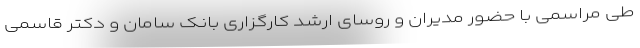
طی مراسمی با حضور مدیران و روسای ارشد کارگزاری بانک سامان و دکتر قاسمی